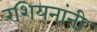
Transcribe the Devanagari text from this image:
रशियनांनी